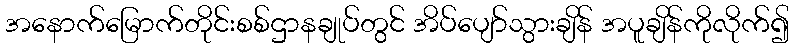
အနောက်မြောက်တိုင်းစစ်ဌာနချုပ်တွင် အိပ်ပျော်သွားချိန် အပူချိန်ကိုလိုက်၍